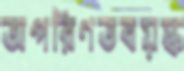
অপরিণতবয়স্ক